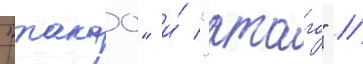
"такао" и́ "атаго" //